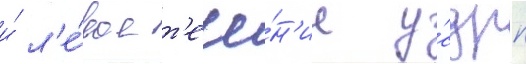
и́ л'е́вое т'ече́н'ие у́сдрп